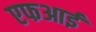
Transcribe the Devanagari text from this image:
एफआई